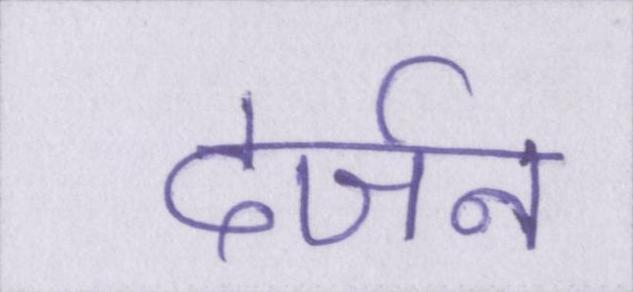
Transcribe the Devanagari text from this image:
दर्जन